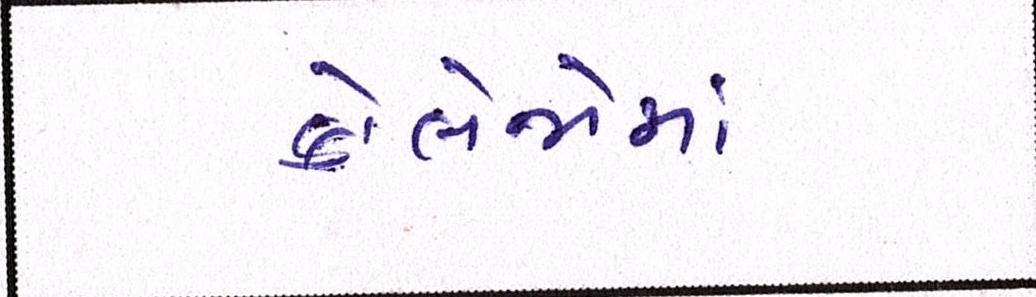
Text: કોલેજોમાં